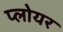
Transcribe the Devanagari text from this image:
प्लोयर